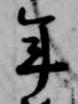
年